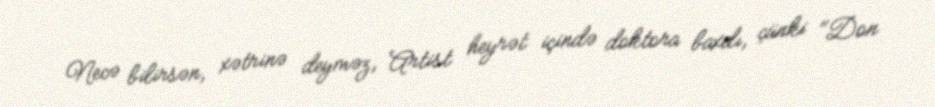
Necə bilirsən, xətrinə deyməz, Artist heyrət içində doktora baxdı, çünki "Don